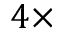
4 \times